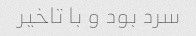
سرد بود و با تاخیر